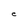
Character: e